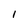
Character: 1